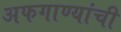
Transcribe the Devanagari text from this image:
अफगाण्यांची